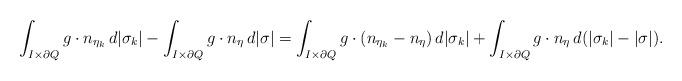
LaTeX: \begin{align*}\int_{ I \times \partial Q} g\cdot n_{\eta_k} \, d|\sigma_k| -\int_{I \times \partial Q} g\cdot n_\eta \, d|\sigma| = \int_{I \times \partial Q} g\cdot (n_{\eta_k}-n_\eta) \, d|\sigma_k| + \int_{I \times \partial Q} g\cdot n_\eta \, d(|\sigma_k| - |\sigma|).\end{align*}